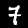
Label: 7